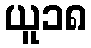
ယူ၁၈